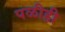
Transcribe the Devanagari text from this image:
पळीही